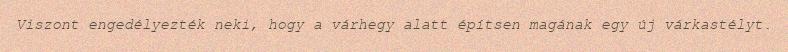
Viszont engedélyezték neki, hogy a várhegy alatt építsen magának egy új várkastélyt.